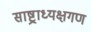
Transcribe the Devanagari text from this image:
साष्ट्राध्यक्षगण